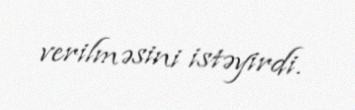
verilməsini istəyirdi.